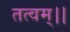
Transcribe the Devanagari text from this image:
तत्वम्।।